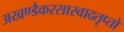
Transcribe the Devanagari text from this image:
अखण्डैकरसास्वादतृप्तो